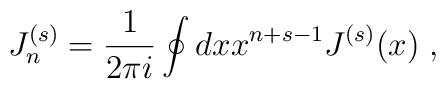
J^{(s)}_n = \frac{1}{2\pi i} \oint dx x^{n+s-1} J^{(s)}(x) \;,